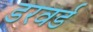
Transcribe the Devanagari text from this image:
डरवर्ड